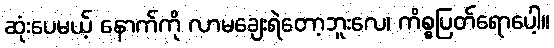
ဆုံးပေမယ့် နောက်ကို လာမချေးရဲတော့ဘူးလေ၊ ကိစ္စပြတ်ရောပေါ့။